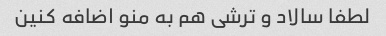
لطفا سالاد و ترشی هم به منو اضافه کنین